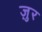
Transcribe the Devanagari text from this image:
ज़ुर